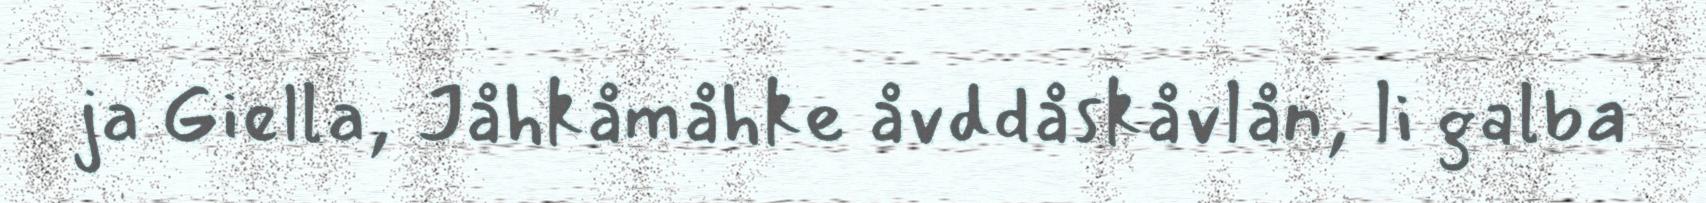
ja Giella, Jåhkåmåhke åvddåskåvlån, li galba